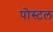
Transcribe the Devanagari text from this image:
पोस्‍टल